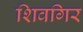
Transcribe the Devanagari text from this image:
शिवगिर